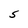
Character: 5